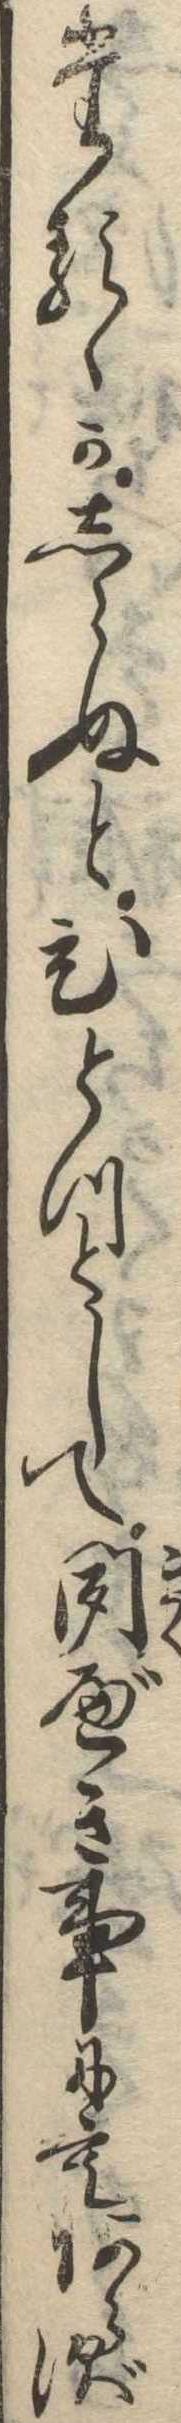
たるゝかしらぬとひとつとして聞べき事にもあらず